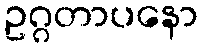
ဥဂ္ဂတာပနော